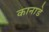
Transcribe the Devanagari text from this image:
कानाडे